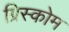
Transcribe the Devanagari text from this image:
ग्रिस्कोम